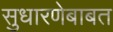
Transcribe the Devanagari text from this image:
सुधारणेबाबत